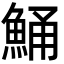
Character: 鯒